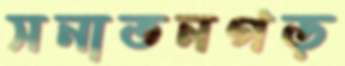
সনাতনগড়